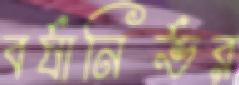
বর্ষানির্ভর